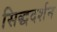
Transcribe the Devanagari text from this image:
सिद्धदर्शन